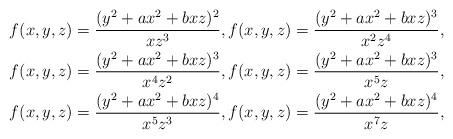
LaTeX: \begin{gather*}f(x,y,z)=\dfrac{(y^2+ax^2+bxz)^2}{xz^{3}},f(x,y,z)=\dfrac{(y^2+ax^2+bxz)^3}{x^2z^{4}},\\f(x,y,z)=\dfrac{(y^2+ax^2+bxz)^3}{x^{4}z^{2}},f(x,y,z)=\dfrac{(y^2+ax^2+bxz)^3}{x^{5}z},\\f(x,y,z)=\dfrac{(y^2+ax^2+bxz)^4}{x^{5}z^{3}},f(x,y,z)=\dfrac{(y^2+ax^2+bxz)^4}{x^{7}z},\end{gather*}